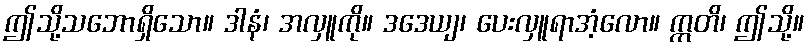
ဤသို့သဘောရှိသော။ ဒါနံ၊ အလှူကို။ ဒဒေယျ၊ ပေးလှူရာအံ့လော။ ဣတိ၊ ဤသို့။